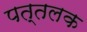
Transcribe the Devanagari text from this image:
पत्तलक